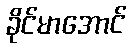
ခိုင်မာအောင်